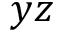
y z